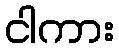
ငါကား